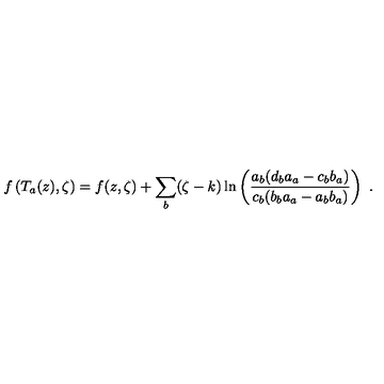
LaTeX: f \left( T _ { a } ( z ) , \zeta \right) = f ( z , \zeta ) + \sum _ { b } ( \zeta - k ) \ln \left( \frac { a _ { b } ( d _ { b } a _ { a } - c _ { b } b _ { a } ) } { c _ { b } ( b _ { b } a _ { a } - a _ { b } b _ { a } ) } \right) \ .